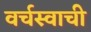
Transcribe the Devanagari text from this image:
वर्चस्वाची